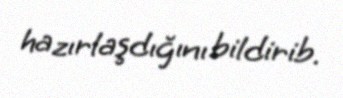
hazırlaşdığını bildirib.